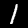
Digit: 1